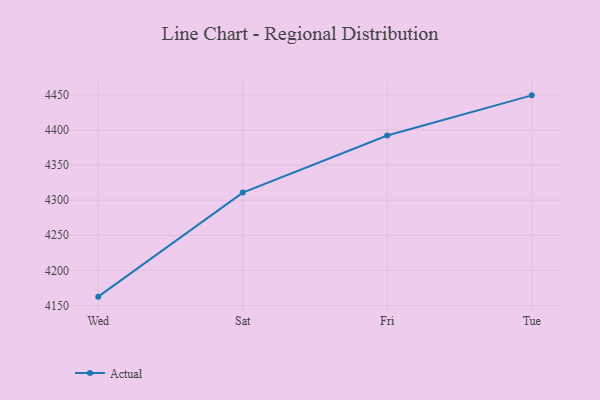
{"axis": {"x": "Day", "y": "Customer Acquisition Cost (USD)"}, "legend": ["Actual"], "data": [{"x": "Wed", "y": 4162.6, "type": "Actual"}, {"x": "Sat", "y": 4310.7, "type": "Actual"}, {"x": "Fri", "y": 4392.0, "type": "Actual"}, {"x": "Tue", "y": 4449.1, "type": "Actual"}]}